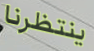
ينتظرنا